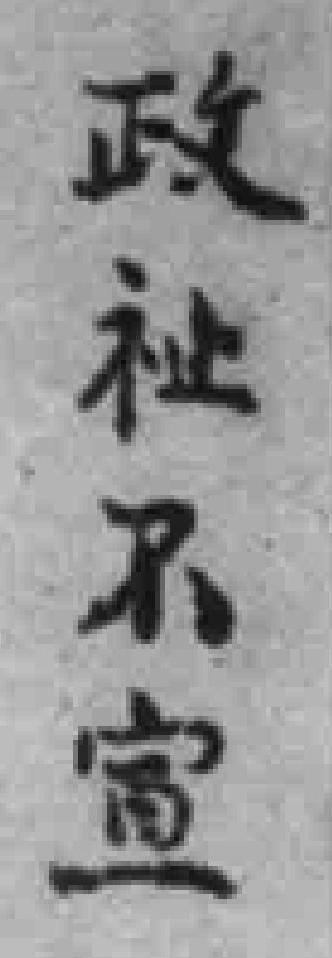
政祉不宣